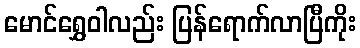
မောင်ရွှေဝါလည်း ပြန်ရောက်လာပြီကိုး